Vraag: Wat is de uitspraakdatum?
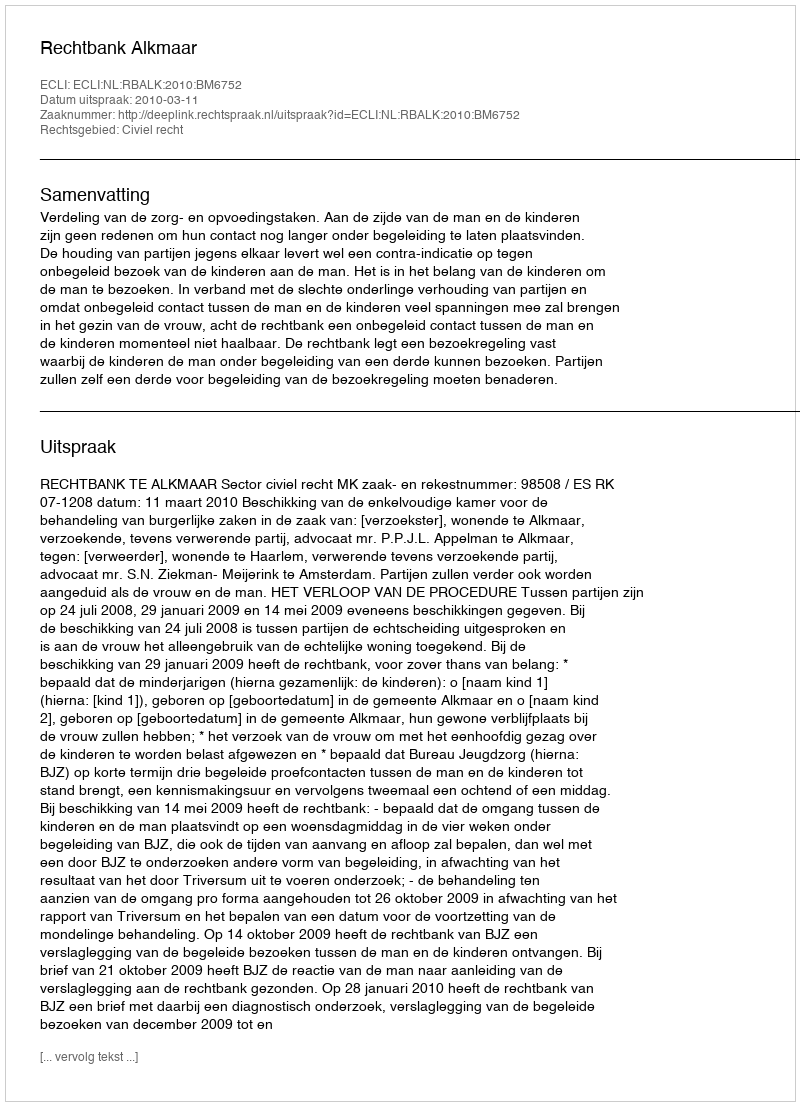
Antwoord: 2010-03-11